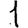
Digit: 1